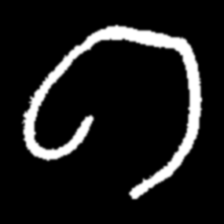
Pyu character \u2014 Myanmar letter: ဂ (romanized: ga)